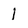
Character: 1